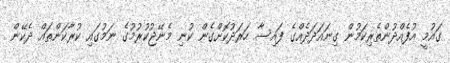
ގައުމީ އުފެއްދުންތެރިކަމުން ގިނައަދަދެއްގެ ފައިސާ ހަރަދުކޮށްގެން ކުނި މެނޭޖުކުރުމުގެ ނަމުގައި ކުރާކަންތައް ދެކޭން